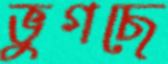
ভুগছে